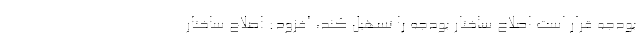
بودجه قرار است اصلاح ساختار بودجه را تسهیل کند، افزود: اصلاح ساختار